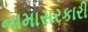
નામાસરકારી